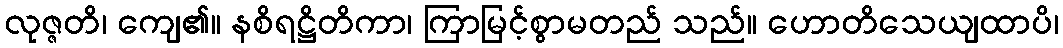
လုဇ္ဇတိ၊ ကျေ၏။ နစိရဋ္ဌိတိကာ၊ ကြာမြင့်စွာမတည် သည်။ ဟောတိသေယျထာပိ၊